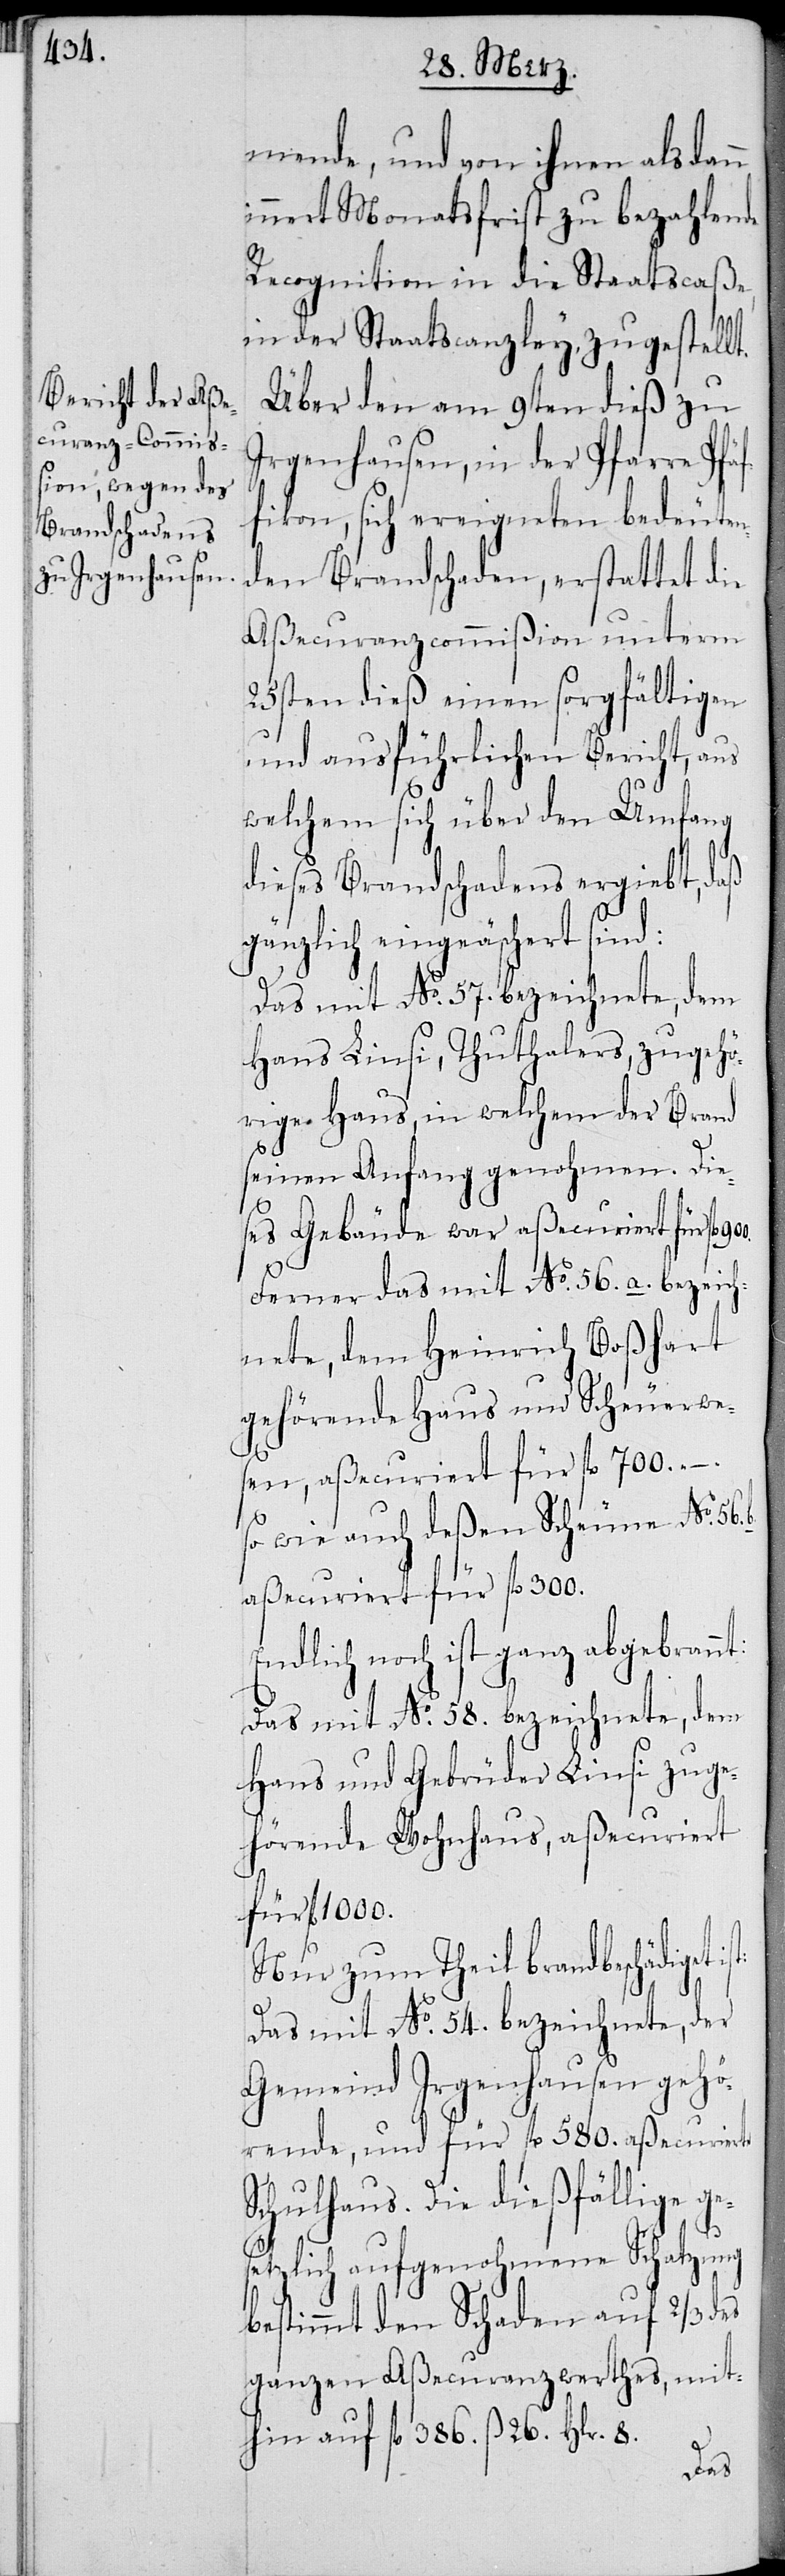
u Irgenhausen,

mende, und von ihnen alsdann
innert Monatsfrist zu bezahlende
Recognition in die Staatscaße,
in der Staatscanzley, zugestellt.
Über den am 9ten dieß z¬
Brandschaden, erstattet die
Aßecuranzcommißion unterm
23sten dieß einen sorgfältigen
und ausführlichen Bericht, aus
welchem sich über den Umfang
dieses Brandschadens ergiebt, daß
gänzlich eingeäschert sind:
Das mit No. 57. bezeichnete, dem
Hans Linsi, Thuthalers, zugehö¬
rige Haus, in welchem der Brand
seinen Anfang genohmen. Die¬
ses Gebäude war aßecuriert für fl.
Ferner das mit No. 56. a. bezeich¬
nete, dem Heinrich Boßhard
gehörende Haus und Scheuerwe¬
sen, aßecuriert für fl. 700. –
so wie auch deßen Scheune No. 56.
aßecuriert für fl. 300.
Endlich noch ist ganz abgebrannt:
Das mit No. 58. bezeichnete, dem
Hans und Gebrüder Linsi zuge¬
hörende Wohnhaus, aßecuriert
für fl. 1000.
Nur zum Theil brandbeschädigt
Das mit No. 54. bezeichnete, der
Gemeinde Irgenhausen gehö¬
rende, und für fl. 580. aßecuerierte
Schulhaus. Die dießfällige g¬
esetzlich aufgenohmene Schatzung
bestimmt den Schaden auf 2/3 des
ganzen Aßecuranzwerthes, mit¬
hin auf fl. 386. ß 26. Hlr. 8.